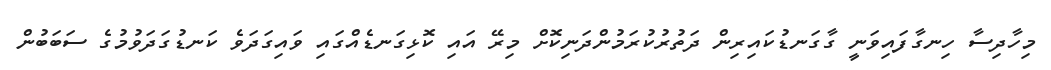
މިހާދިސާ ހިނގާފައިވަނީ ގާގަނޑުކައިރިން ދަތުރުކުރަމުންދަނިކޮށް މިރޭ އައި ކޮޅިގަނޑެއްގައި ވައިގަދަވެ ކަނޑުގަދަވުމުގެ ސަބަބުން